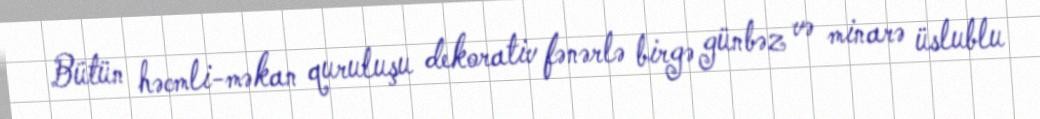
Bütün həcmli-məkan quruluşu dekorativ fənərlə birgə günbəz və minarə üslublu